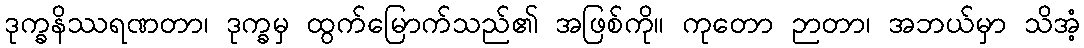
ဒုက္ခနိဿရဏတာ၊ ဒုက္ခမှ ထွက်မြောက်သည်၏ အဖြစ်ကို။ ကုတော ဉာတာ၊ အဘယ်မှာ သိအံ့